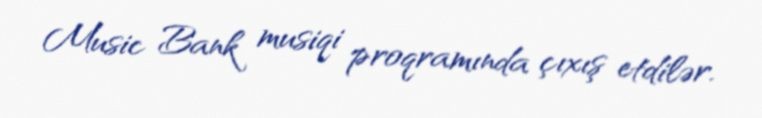
Music Bank musiqi proqramında çıxış etdilər.